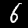
Label: 6